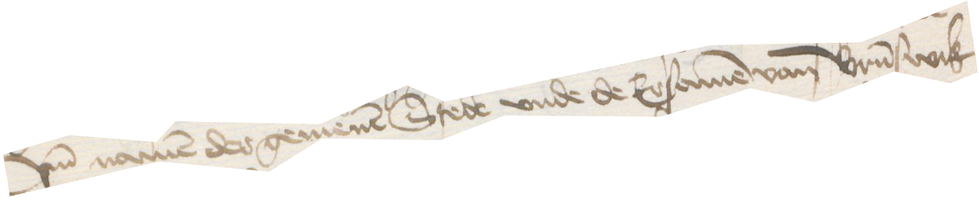
vnd namen der gemenen Stede vnde de Ersamen van Brunswik